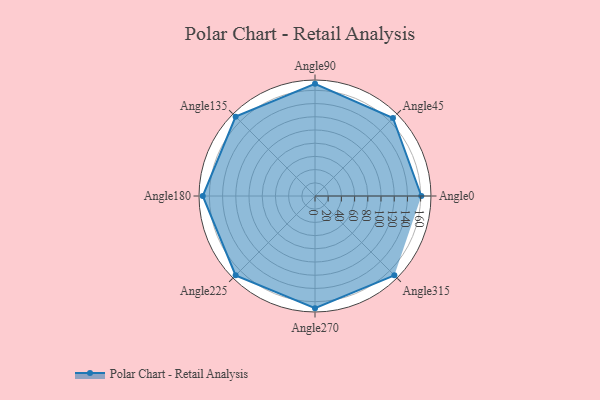
{"axis": {"x": "Angle", "y": "Radius"}, "legend": [""], "data": [{"x": "Angle0", "y": 161.0, "type": ""}, {"x": "Angle45", "y": 167.0, "type": ""}, {"x": "Angle90", "y": 170, "type": ""}, {"x": "Angle135", "y": 170, "type": ""}, {"x": "Angle180", "y": 170, "type": ""}, {"x": "Angle225", "y": 170, "type": ""}, {"x": "Angle270", "y": 170, "type": ""}, {"x": "Angle315", "y": 170, "type": ""}]}